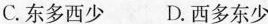
C.东多西少 D.西多东少